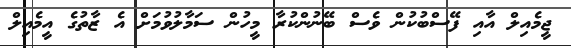
ޖީމެއިލް އާއި ފޭސްބުކުން ވެސް ބޭނުންކުރާ މީހުން ސަމާލުވުމަށް އެ ޒާތުގެ އީމެއިލް